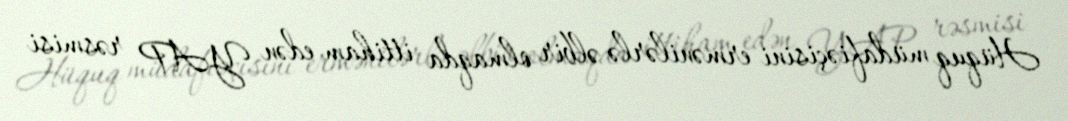
Hüquq müdafiəçisini ermənilərlə əlbir olmaqda ittiham edən YAP rəsmisi